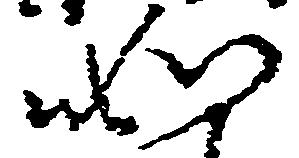
如